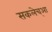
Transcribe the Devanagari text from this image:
सकलेच्आ